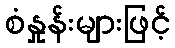
စံနှုန်းများဖြင့်